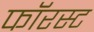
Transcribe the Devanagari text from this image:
फॉरस्ट